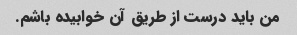
من باید درست از طریق آن خوابیده باشم.